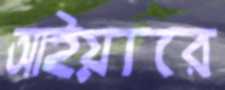
আইয়ারে